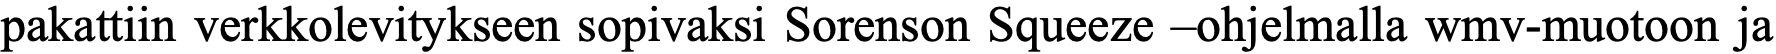
pakattiin verkkolevitykseen sopivaksi Sorenson Squeeze –ohjelmalla wmv-muotoon ja